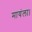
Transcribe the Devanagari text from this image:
मायंला।